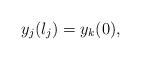
LaTeX: \begin{align*}y_j (l_j ) = y_k(0), \end{align*}